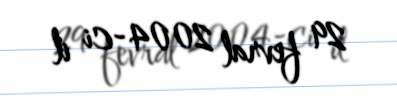
29 fevral 2004-ci il